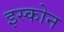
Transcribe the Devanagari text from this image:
इस्कोन